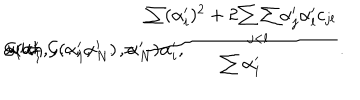
LaTeX: \alpha _ { i } = { \cal { G } } ( \alpha _ { 1 } ^ { \prime } , \ldots , \alpha _ { N } ^ { \prime } ) \alpha _ { i } ^ { \prime } , \hspace { 1 0 m m } \mathrm { w i t h } \hspace { 5 m m } { \cal { G } } ( \alpha _ { 1 } ^ { \prime } , \ldots , \alpha _ { N } ^ { \prime } ) = \frac { \sum ( \alpha _ { i } ^ { \prime } ) ^ { 2 } + 2 \! \begin{array} { c } { { { } } } \\ { { { \sum \sum } } } \\ { { { } _ { j < l } } } \\ \end{array} \! \alpha _ { j } ^ { \prime } \alpha _ { l } ^ { \prime } c _ { j l } } { \sum \alpha _ { i } ^ { \prime } } .